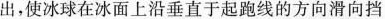
出，使冰球在冰面上沿垂直于起跑线的方向滑向挡